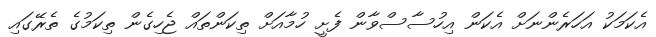
އެކަމަކު އަހަރެންނަށް އެކަން އިހުސާސްވާން ފެށީ ހުމާއަށް ތިކަންތައް ޖެހިގެން ތިކަމުގެ ތެރޭގައި